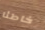
خاطئا